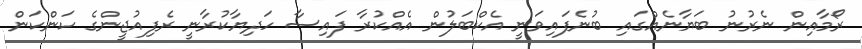
ރޯމާއިން ނެރުނު ބަޔާނެއްގައި ބުނެފައިވަނީ އެކްބަލުން އެއްކުރާ ފައިސާ ހަދިޔާކުރާނީ ރެފިއުޖީންގެ ކަންކަން